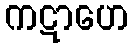
ကဋာဟေ